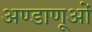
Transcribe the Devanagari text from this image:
अण्डाणूओं